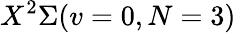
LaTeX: X^{2}\Sigma(v=0,N=3)